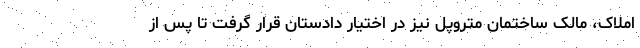
املاک، مالک ساختمان متروپل نیز در اختیار دادستان قرار گرفت تا پس از